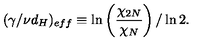
( \gamma / \nu d _ { H } ) _ { e f f } \equiv \ln \left( { \frac { \chi _ { 2 N } } { \chi _ { N } } } \right) / \ln 2 .